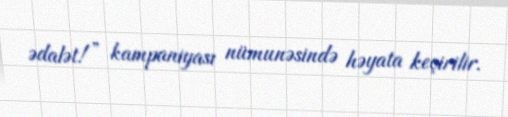
ədalət!” kampaniyası nümunəsində həyata keçirilir.